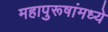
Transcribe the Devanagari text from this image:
महापुरूषांमध्ये